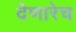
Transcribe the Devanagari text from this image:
देणारेच